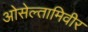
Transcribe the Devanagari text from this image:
ओसेल्तामिवीर